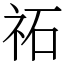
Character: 祏